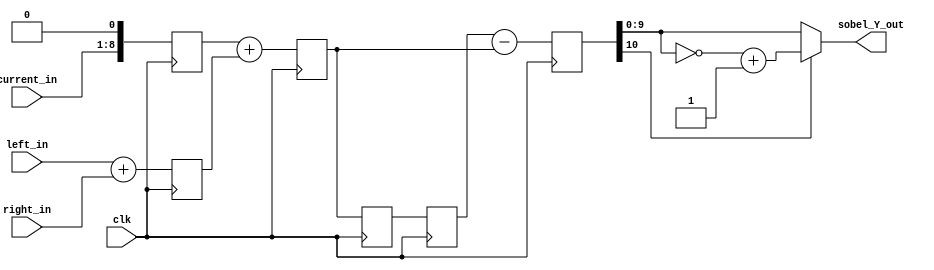
`timescale 1ns / 1ps
//////////////////////////////////////////////////////////////////////////////////
// Company: 
// Engineer: 
// 
// Design Name: 
// Module Name: sequential_sobel_Y
// Project Name: 
// Target Devices: 
// Tool Versions: 
// Description: 
// 
// Dependencies: 
// 
// Revision:
// Revision 0.01 - File Created
// Additional Comments:
// 
//////////////////////////////////////////////////////////////////////////////////


module sequential_sobel_Y(
    input [7:0] current_in,
    input [7:0] left_in,
    input [7:0] right_in,
    output [9:0] sobel_Y_out,
    input clk
    );
    reg [8:0] current_in_shifted;
    reg [8:0] left_right_add;
    reg [9:0] add_reg [2:0];
    reg[10:0] sobel_Y_reg;
    
    always @ (posedge clk)begin
        left_right_add <= left_in + right_in;
        current_in_shifted <= {current_in, 1'b0};
        add_reg[0] <= current_in_shifted + left_right_add;
        add_reg[1] <= add_reg[0];
        add_reg[2] <= add_reg[1];
        sobel_Y_reg <= add_reg[2] - add_reg[0];
    end
    assign sobel_Y_out = (sobel_Y_reg[10]==1)?~sobel_Y_reg[9:0]+1:sobel_Y_reg[9:0];
endmodule